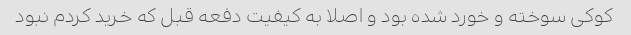
کوکی سوخته و خورد شده بود و اصلا به کیفیت دفعه قبل که خرید کردم نبود